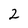
Character: 2